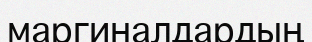
маргиналдардың